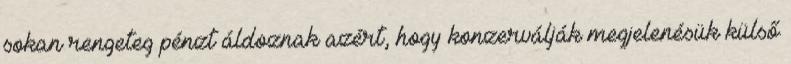
sokan rengeteg pénzt áldoznak azért, hogy konzerválják megjelenésük külső